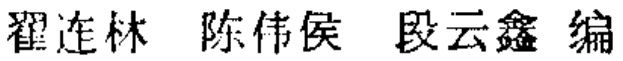
翟连林 陈伟侯 段云鑫 编